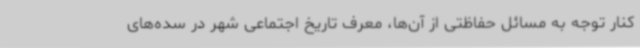
کنار توجه به مسائل حفاظتی از آن‌ها، معرف تاریخ اجتماعی شهر در سده‌های